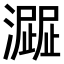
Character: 𤁍